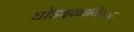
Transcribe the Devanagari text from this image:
घोडदळाविरुद्ध